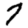
Digit: 7